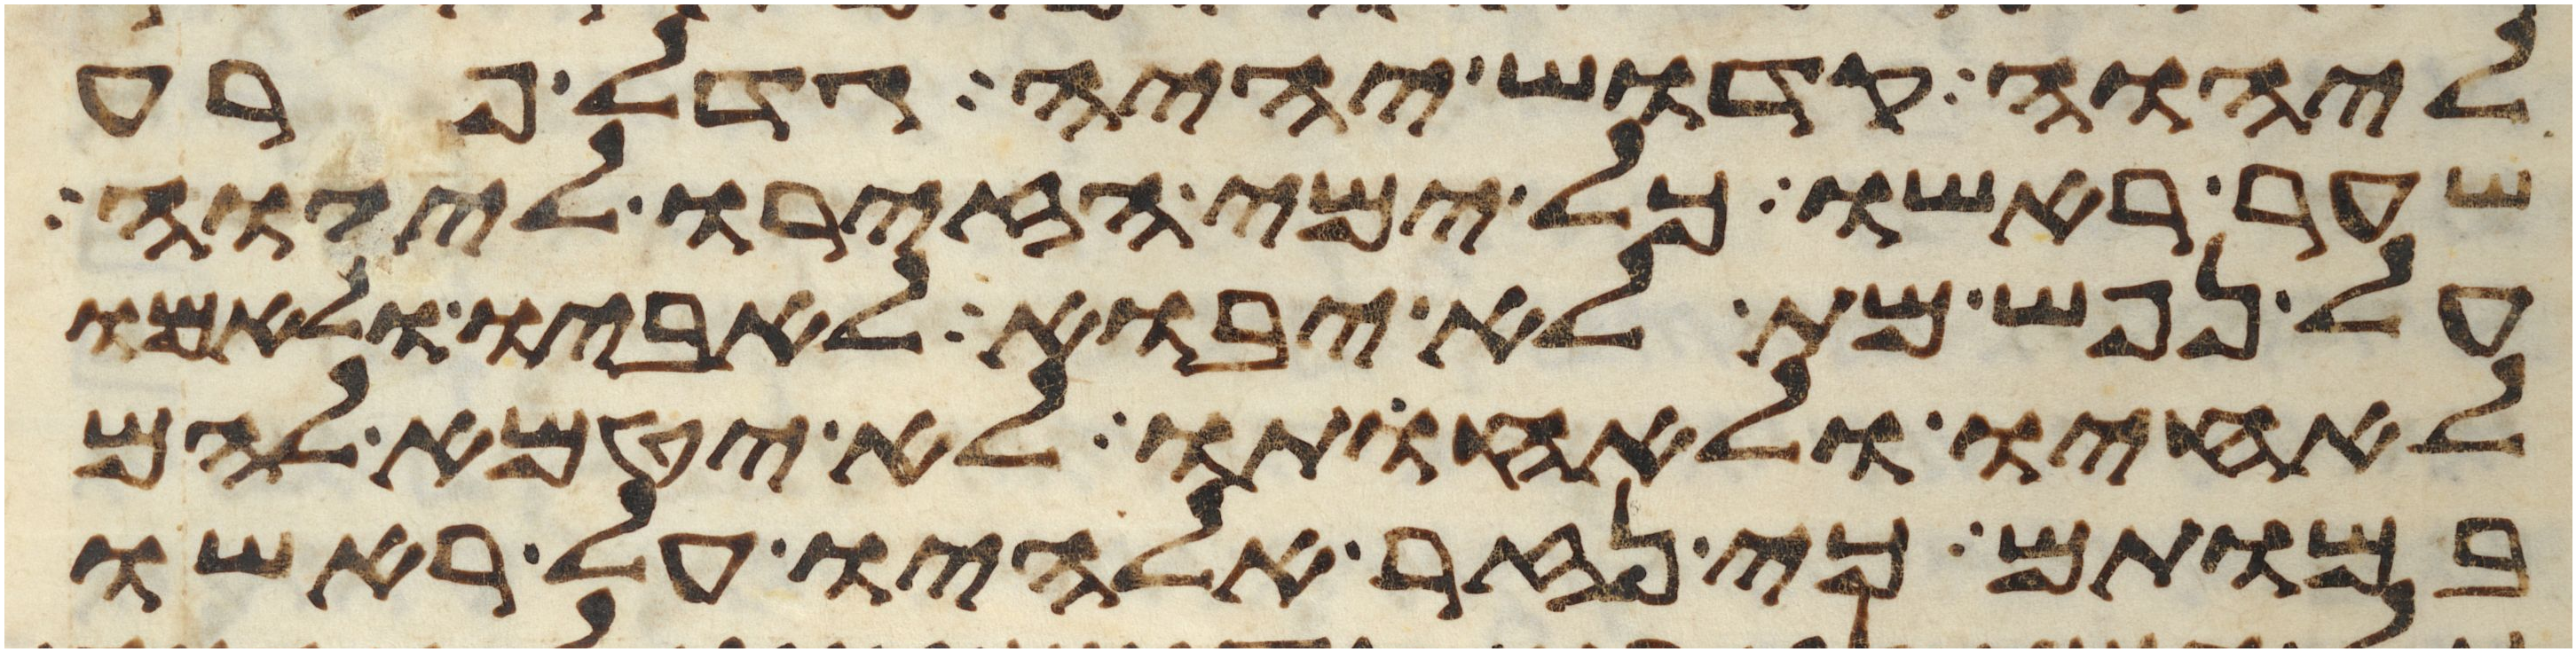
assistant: ליהוה קדוש יהיה גדל פרע
שער ראשו כל ימי הזירו ליהוה
על נפש מת לא יבוא לאביו ולאמו
לאחיו ולאחותו לא יטמא להם
במותם כי נזר אלהיו על ראשו